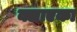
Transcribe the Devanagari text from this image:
क्लाएका